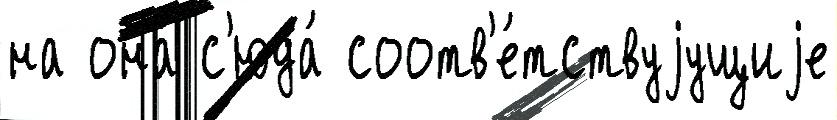
на она́ с'юда́ соотв'е́тствуjущиjе